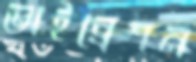
ভাইব্রেশন